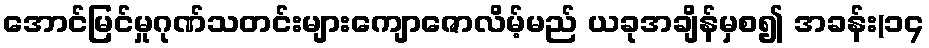
အောင်မြင်မှုဂုဏ်သတင်းများကျောဇောလိမ့်မည် ယခုအချိန်မှစ၍ အခန်း(၁၄